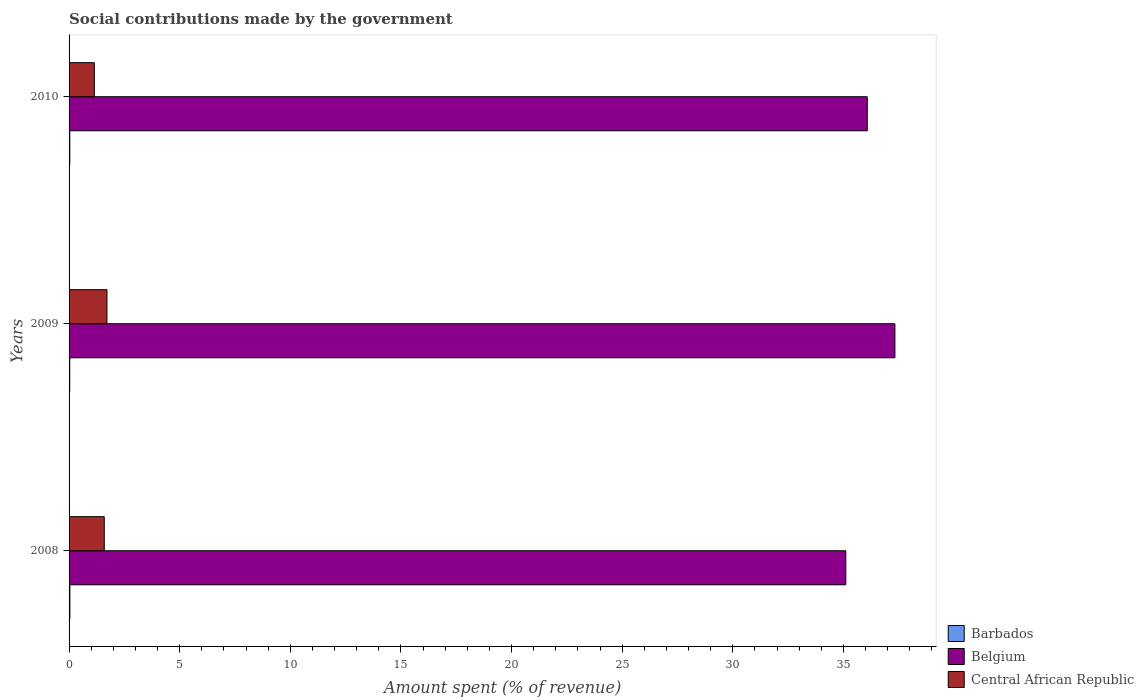
| Years | Barbados | Belgium | Central African Republic |
 | --- | --- | --- | --- |
 | 2008 | 0.0362 | 35.1 | 1.59 |
 | 2009 | 0.0298 | 37.3 | 1.71 |
 | 2010 | 0.0322 | 36.1 | 1.14 |